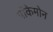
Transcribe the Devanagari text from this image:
पॉकेमोन